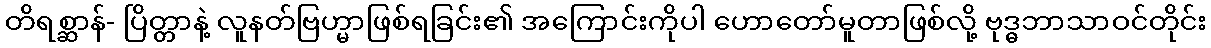
တိရစ္ဆာန်- ပြိတ္တာနဲ့ လူနတ်ဗြဟ္မာဖြစ်ရခြင်း၏ အကြောင်းကိုပါ ဟောတော်မူတာဖြစ်လို့ ဗုဒ္ဓဘာသာဝင်တိုင်း